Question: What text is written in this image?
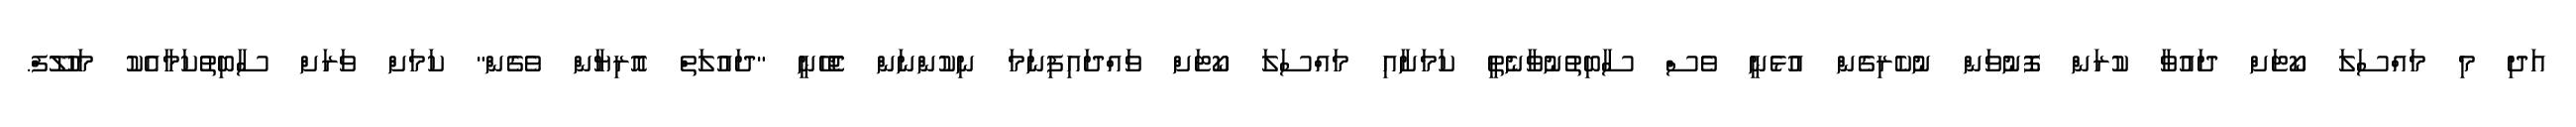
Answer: އަދި މި މައްސަލަ ކޯޓަށް ދައުވާ ކުރަން ފޮނުވަން ނުކެރިގެން އުޅެނީ ވެސް ސާބިތުނުވާނެތީ ކަމަށާއި މައްސަލަ ކޯޓަށް ވައްދައިފިނަމަ ނިކުންނަން ޖެހޭނީ "ދައުލަތް އޮރިޔާން ވެގެން" ކަމަށް ވަރަށް ސާބިތުކަމާއެކު މަހުލޫފް.